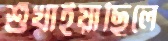
শুঁখাইয়াছিলে